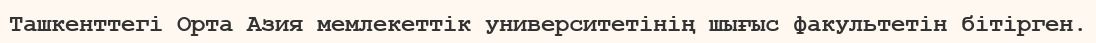
Ташкенттегі Орта Азия мемлекеттік университетінің шығыс факультетін бітірген.